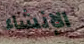
الإنشاء